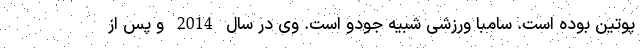
پوتین بوده است. سامبا ورزشی شبیه جودو است. وی در سال 2014 و پس از